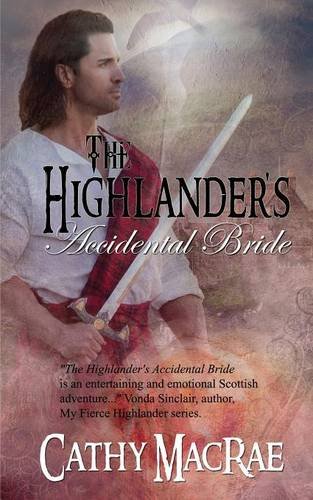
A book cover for The Highlander's Accidental Bride; Cathy MacRae; Romance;